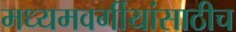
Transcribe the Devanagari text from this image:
मध्यमवर्गीयांसाठीच